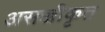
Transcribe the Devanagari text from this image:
असज्जीकृत